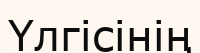
Үлгісінің